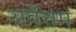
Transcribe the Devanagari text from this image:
सर्वेत्तम